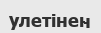
улетінен